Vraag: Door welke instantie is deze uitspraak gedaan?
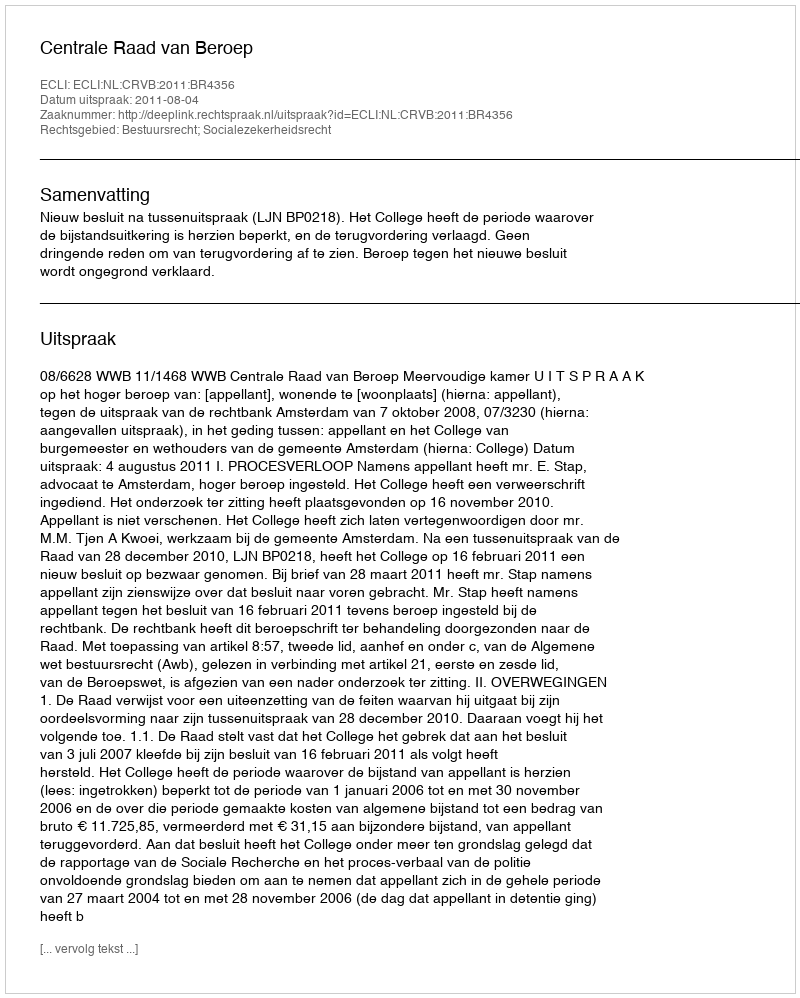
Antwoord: Centrale Raad van Beroep